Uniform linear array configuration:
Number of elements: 32
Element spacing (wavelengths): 0.25
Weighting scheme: cosine
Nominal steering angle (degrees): -30
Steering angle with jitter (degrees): -30.341
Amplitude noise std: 0.05
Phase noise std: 0.05

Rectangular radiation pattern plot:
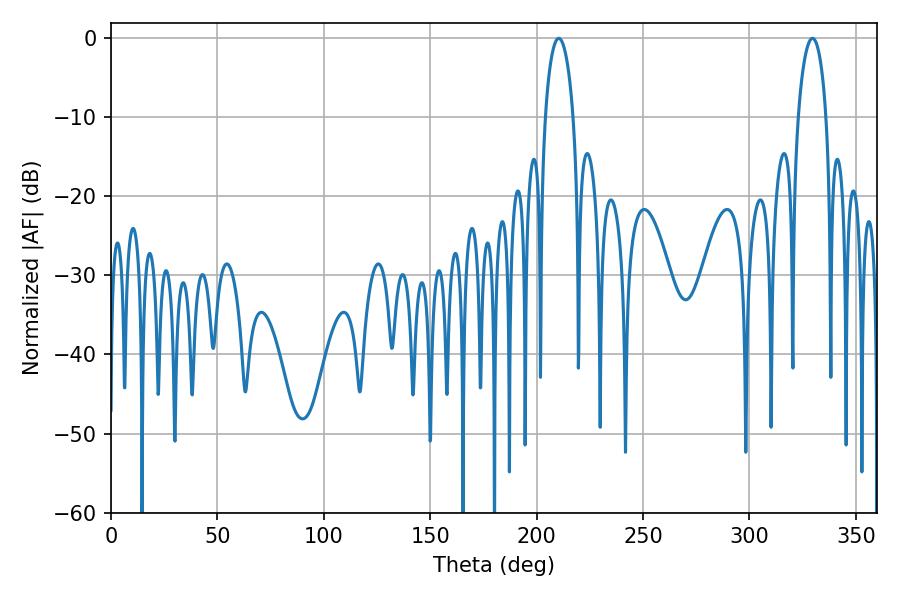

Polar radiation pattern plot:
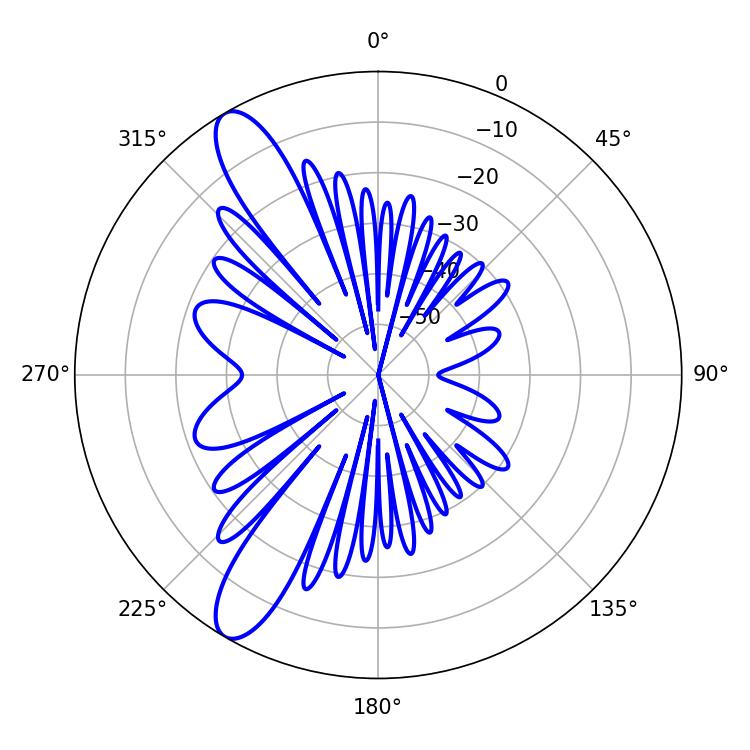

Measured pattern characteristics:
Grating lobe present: FALSE
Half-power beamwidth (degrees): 7.56
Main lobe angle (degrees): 210.42